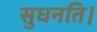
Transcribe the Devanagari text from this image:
सुधनति।